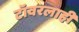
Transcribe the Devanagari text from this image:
टॉवरलाही